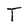
Character: T